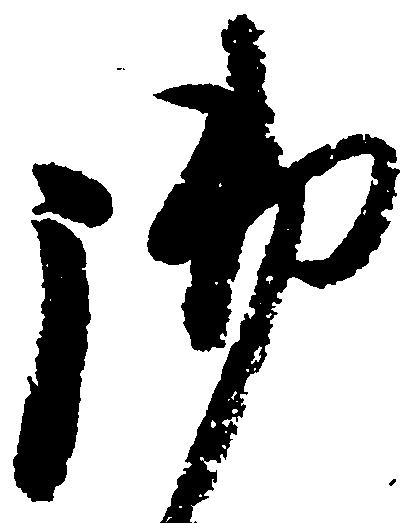
御